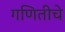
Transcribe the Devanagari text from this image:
गणितीचे